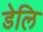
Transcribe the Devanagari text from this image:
डेलि